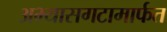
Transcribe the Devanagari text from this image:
अभ्यासगटामार्फत